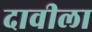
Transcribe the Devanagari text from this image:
दावीला